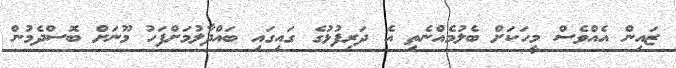
ޒައިން އެއްވެސް މީހަކަށް ބެލުމެއްނެތި އެ ދަރިފުޅުގެ ގައިގައި ބައްދާލުމަށްފަހު މޫނަށް ބޮސްދެމުން